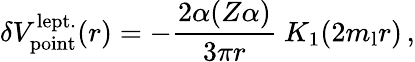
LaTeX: \delta{V}_{\mathrm{point}}^{\mathrm{lept.}}(r)=-\frac{2\alpha(Z\alpha)}{3\pi r}\ K_{1}(2m_{\mathrm{l}}r)\, ,